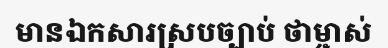
មានឯកសារស្របច្បាប់ ថាម្ចាស់